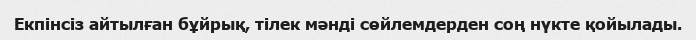
Екпінсіз айтылған бұйрық, тілек мәнді сөйлемдерден соң нүкте қойылады.